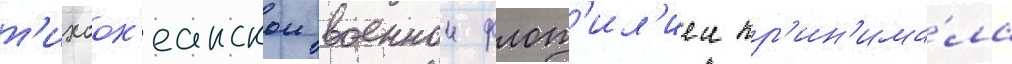
т'ихоок'еанскои военнои флот'ил'иеи пр'ин'има́ла